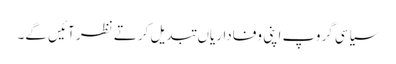
سیاسی گروپ اپنی وفاداریاں تبدیل کرتے نظر آئیں گے۔